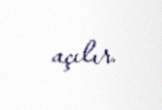
açılır.